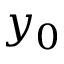
y _ { 0 }